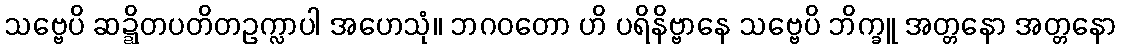
သဗ္ဗေပိ ဆဍ္ဍိတပတိတဥက္လာပါ အဟေသုံ။ ဘဂဝတော ဟိ ပရိနိဗ္ဗာနေ သဗ္ဗေပိ ဘိက္ခူ အတ္တနော အတ္တနော